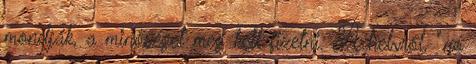
mondják, a minőséget meg kell fizetni. A helyről, "no